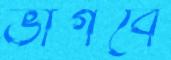
ভাগবে